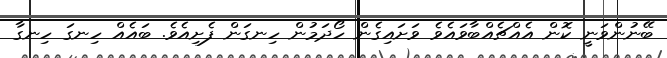
ބޭނުންވަނީ ކޮން އެއްޗެއްބާވައެވެ ވަށައިގެން ހޯދަމުން ހިނގަން ފެށިއެވެ. ބައެއް ހިނގަ ހިނގާ